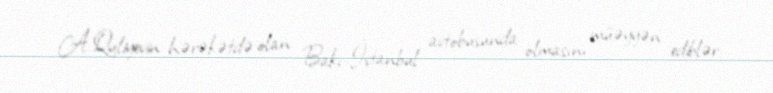
A.Quliyevin hərəkətdə olan Bakı-İstanbul avtobusunda olmasını müəyyən ediblər.